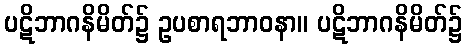
ပဋိဘာဂနိမိတ်၌ ဥပစာရဘာဝနာ။ ပဋိဘာဂနိမိတ်၌